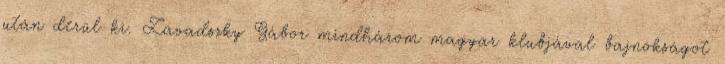
után derül ki. Zavadszky Gábor mindhárom magyar klubjával bajnokságot